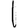
Digit: 1